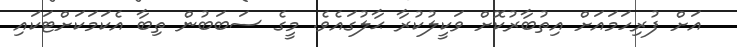
އަށް ފުރިހަމައަށް އިތުބާރުކޮށް ވަކީލުކުރާ ޙާލުގައެވެ. މީގެ ސަބަބުން ތިބާ އެކަމަކަށްޓަކައި